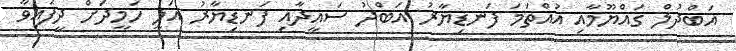
އަބްދުލް ގައްޔޫމާއި އުއްތަމަ ފަނޑިޔާރު އަބްދު ސައީދާއި ފަނޑިޔާރު އަލީ ހަމީދަށް ދީފައިވާ